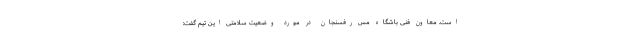
است. معاون فنی باشگاه مس رفسنجان در مورد وضعیت سلامتی این تیم گفت: